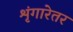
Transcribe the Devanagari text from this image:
शृंगारेतर